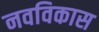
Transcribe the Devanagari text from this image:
नवविकास